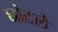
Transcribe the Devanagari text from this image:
घोटले